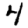
Digit: 4